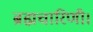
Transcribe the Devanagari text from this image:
ब्रह्मचारिणी।